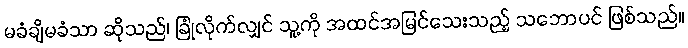
မခံချိမခံသာ ဆိုသည်၊ ခြုံလိုက်လျှင် သူ့ကို အထင်အမြင်သေးသည့် သဘောပင် ဖြစ်သည်။